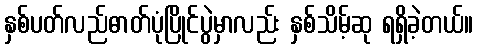
နှစ်ပတ်လည်ဓာတ်ပုံပြိုင်ပွဲမှာလည်း နှစ်သိမ့်ဆု ရရှိခဲ့တယ်။